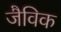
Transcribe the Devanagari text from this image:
जैविक